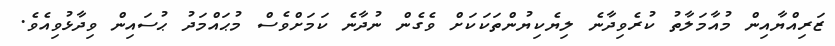
ޒަރިއްޔާއިން މުއާމަލާތު ކުރެވިދާނެ ލިޔެކިޔުންތަކަކަށް ވެގެން ނުދާނެ ކަމަށްވެސް މުޙައްމަދު ޙުސައިން ވިދާޅުވިއެވެ.